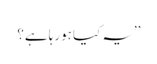
’’یہ کیا ہورہا ہے؟